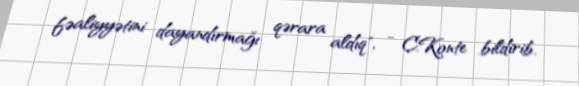
fəaliyyətini dayandırmağı qərara aldıq", - C.Konte bildirib.